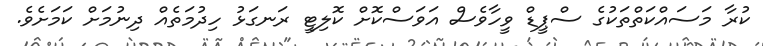
ކުރާ މަސައްކަތްތަކުގެ ސްޕީޑް ވީހާވެސް އަވަސްކޮށް ކޮލިޓީ ރަނގަޅު ހިދުމަތެއް ދިނުމަށް ކަމަށެވެ.